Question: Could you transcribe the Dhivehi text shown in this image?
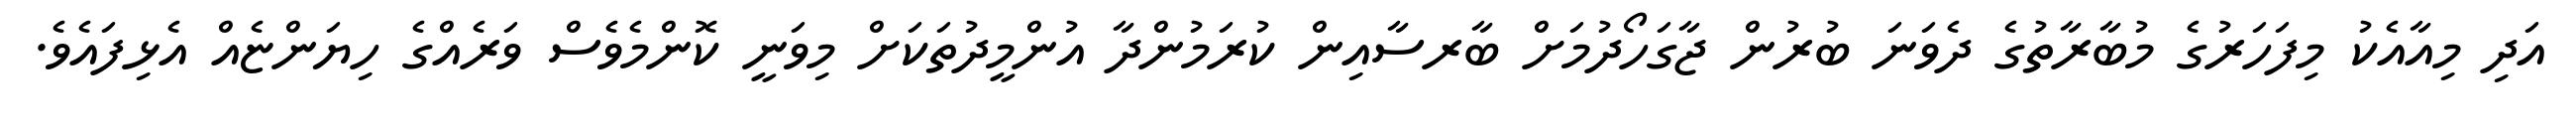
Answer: އަދި މިއާއެކު މިފަހަރުގެ މުބާރާތުގެ ދެވަނަ ބުރުން ޖާގަހޯދުމަށް ބާރސާއިން ކުރަމުންދާ އުންމީދުތަކަށް މިވަނީ ކޮންމެވެސް ވަރެއްގެ ހިޔަންޏެއް އެޅިފައެވެ.